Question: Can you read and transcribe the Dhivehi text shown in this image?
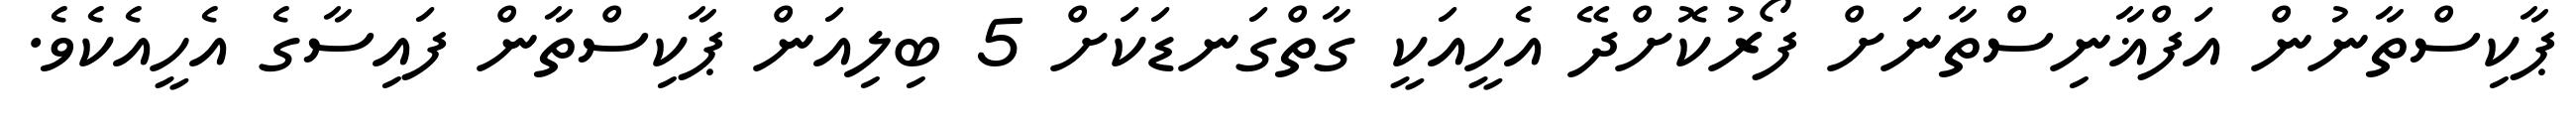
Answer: ޕާކިސްތާނުން އަފްޣާނިސްތާނަށް ފޯރުކޮށްދޭ އެހީއަކީ ގާތްގަނޑަކަށް 5 ބިލިއަން ޕާކިސްތާން ފައިސާގެ އެހީއެކެވެ.